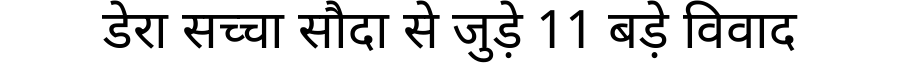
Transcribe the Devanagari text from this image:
डेरा सच्चा सौदा से जुड़े 11 बड़े विवाद